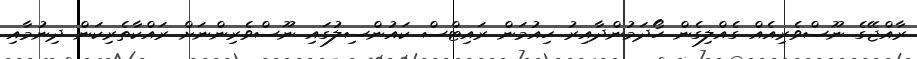
ރާއްޖޭގެ ނޫސްވެރިއެއް ގެއްލިގެން ހޯދަމުންދާއިރު ހިއުމަން ރައިޓްސް ކައުންސިލުގައި ނޫސްވެރިންނަށް ރައްކާތެރިކަން ދިނުމާއި